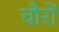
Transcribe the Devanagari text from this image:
चौरों